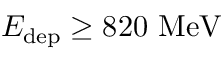
E _ { \mathrm { d e p } } \geq 8 2 0 ~ \mathrm { M e V }